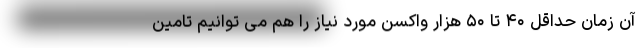
آن زمان حداقل ۴۰ تا ۵۰ هزار واکسن مورد نیاز را هم می توانیم تامین